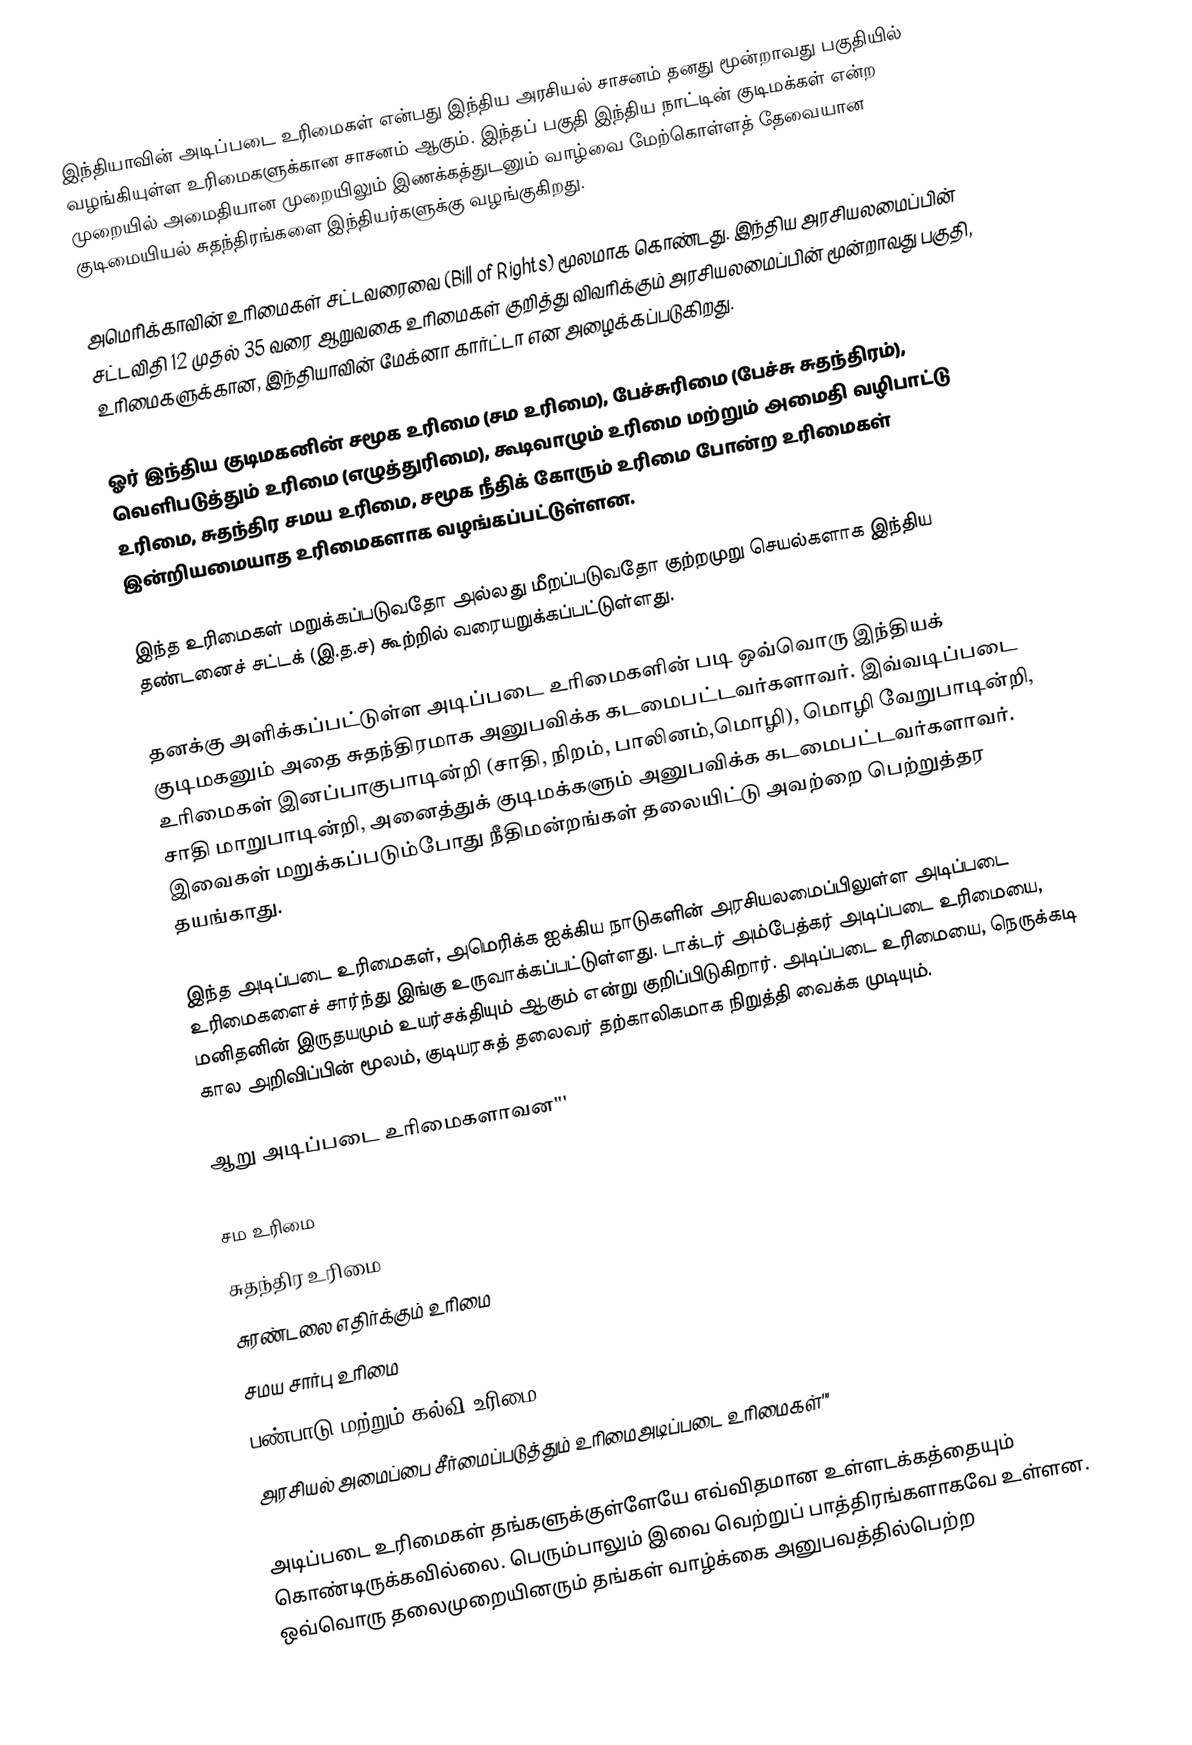
இந்தியாவின் அடிப்படை உரிமைகள் என்பது இந்திய அரசியல் சாசனம் தனது மூன்றாவது பகுதியில் வழங்கியுள்ள உரிமைகளுக்கான சாசனம் ஆகும். இந்தப் பகுதி இந்திய நாட்டின் குடிமக்கள் என்ற முறையில் அமைதியான முறையிலும் இணக்கத்துடனும் வாழ்வை மேற்கொள்ளத் தேவையான குடிமையியல் சுதந்திரங்களை இந்தியர்களுக்கு வழங்குகிறது. 

அமெரிக்காவின் உரிமைகள் சட்டவரைவை (Bill of Rights) மூலமாக கொண்டது. இந்திய அரசியலமைப்பின் சட்டவிதி 12 முதல் 35 வரை ஆறுவகை உரிமைகள் குறித்து விவரிக்கும் அரசியலமைப்பின் மூன்றாவது பகுதி, உரிமைகளுக்கான, இந்தியாவின் மேக்னா கார்ட்டா என அழைக்கப்படுகிறது. 

ஓர் இந்திய குடிமகனின் சமூக உரிமை (சம உரிமை),  பேச்சுரிமை (பேச்சு சுதந்திரம்), வெளிபடுத்தும் உரிமை (எழுத்துரிமை), கூடிவாழும் உரிமை மற்றும் அமைதி வழிபாட்டு உரிமை, சுதந்திர சமய உரிமை, சமூக நீதிக் கோரும் உரிமை போன்ற உரிமைகள் இன்றியமையாத உரிமைகளாக வழங்கப்பட்டுள்ளன. 

இந்த உரிமைகள் மறுக்கப்படுவதோ அல்லது மீறப்படுவதோ குற்றமுறு செயல்களாக இந்திய தண்டனைச் சட்டக் (இ.த.ச) கூற்றில் வரையறுக்கப்பட்டுள்ளது.

தனக்கு அளிக்கப்பட்டுள்ள அடிப்படை உரிமைகளின் படி ஒவ்வொரு இந்தியக் குடிமகனும் அதை சுதந்திரமாக அனுபவிக்க கடமைபட்டவர்களாவர். இவ்வடிப்படை உரிமைகள் இனப்பாகுபாடின்றி (சாதி, நிறம், பாலினம்,மொழி), மொழி வேறுபாடின்றி, சாதி மாறுபாடின்றி,  அனைத்துக் குடிமக்களும் அனுபவிக்க கடமைபட்டவர்களாவர். இவைகள் மறுக்கப்படும்போது நீதிமன்றங்கள் தலையிட்டு அவற்றை பெற்றுத்தர தயங்காது.

இந்த அடிப்படை உரிமைகள், அமெரிக்க ஐக்கிய நாடுகளின் அரசியலமைப்பிலுள்ள அடிப்படை உரிமைகளைச் சார்ந்து இங்கு உருவாக்கப்பட்டுள்ளது. டாக்டர் அம்பேத்கர் அடிப்படை உரிமையை, மனிதனின் இருதயமும் உயர்சக்தியும் ஆகும் என்று குறிப்பிடுகிறார். அடிப்படை உரிமையை, நெருக்கடி கால அறிவிப்பின் மூலம், குடியரசுத் தலைவர் தற்காலிகமாக நிறுத்தி வைக்க முடியும்.

ஆறு அடிப்படை உரிமைகளாவன'''

சம உரிமை
சுதந்திர உரிமை
சுரண்டலை எதிர்க்கும் உரிமை
சமய சார்பு உரிமை
பண்பாடு மற்றும் கல்வி உரிமை
அரசியல் அமைப்பை சீர்மைப்படுத்தும் உரிமைஅடிப்படை உரிமைகள்'''

அடிப்படை உரிமைகள் தங்களுக்குள்ளேயே எவ்விதமான உள்ளடக்கத்தையும் கொண்டிருக்கவில்லை. பெரும்பாலும் இவை வெற்றுப் பாத்திரங்களாகவே உள்ளன. ஒவ்வொரு தலைமுறையினரும் தங்கள் வாழ்க்கை அனுபவத்தில்பெற்ற